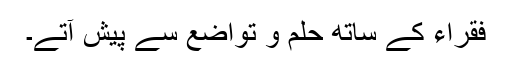
فقراء کے ساتھ حلم و تواضع سے پیش آتے۔